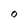
Character: O